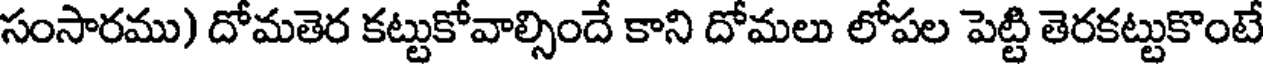
సంసారము) దోమతెర కట్టుకోవాల్సిందే కాని దోమలు లోపల పెట్టి తెరకట్టుకొంటే